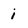
Character: i